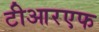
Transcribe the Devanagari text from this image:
टीआरएफ